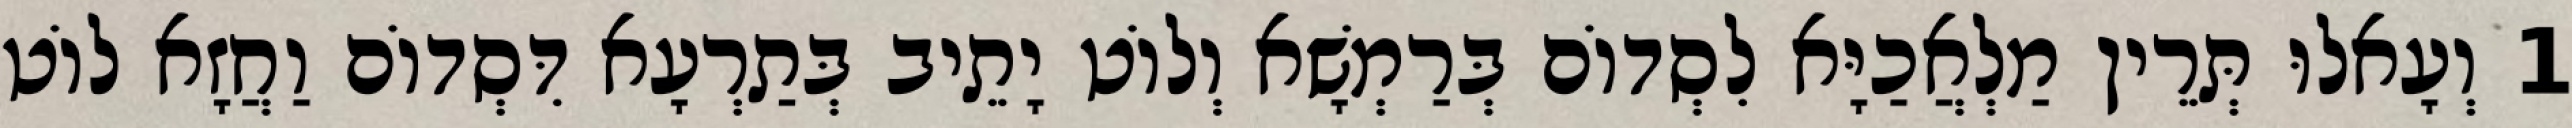
1 וְעָאלוּ תְּרֵין מַלְאֲכַיָּא לִסְדוֹם בְּרַמְשָׁא וְלוֹט יָתֵיב בְּתַרְעָא דִּסְדוֹם וַחֲזָא לוֹט